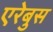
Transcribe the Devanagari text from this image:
एरेबुस